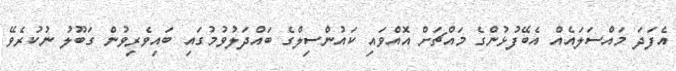
އެފަދަ މައްސަލައެއް އެބޭފުޅުންގެ މައްޗަށް އޮއްވައި ކައުންސިލްގެ ބައްދަލުވުމުގައި ބައިވެރިވުން ގަބޫލު ނުކުރެވޭ